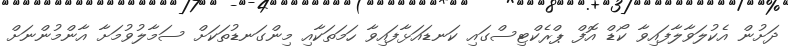
ދަށުން އެކުލަވާލާފައިވާ ކޯޑް އޮފް ޕްރެކްޓިސްގައި ކަނޑައަޅާފައިވާ ހަމަތަކާއި މިންގަނޑުތަކަށް ސަމާލުވުމަށާ އާންމުންނަށް